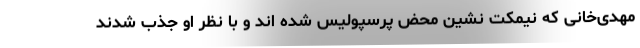
مهدی‌خانی که نیمکت نشین محض پرسپولیس شده اند و با نظر او جذب شدند